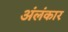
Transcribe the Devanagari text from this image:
अंलंकार